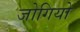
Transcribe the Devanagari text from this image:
जोगियो